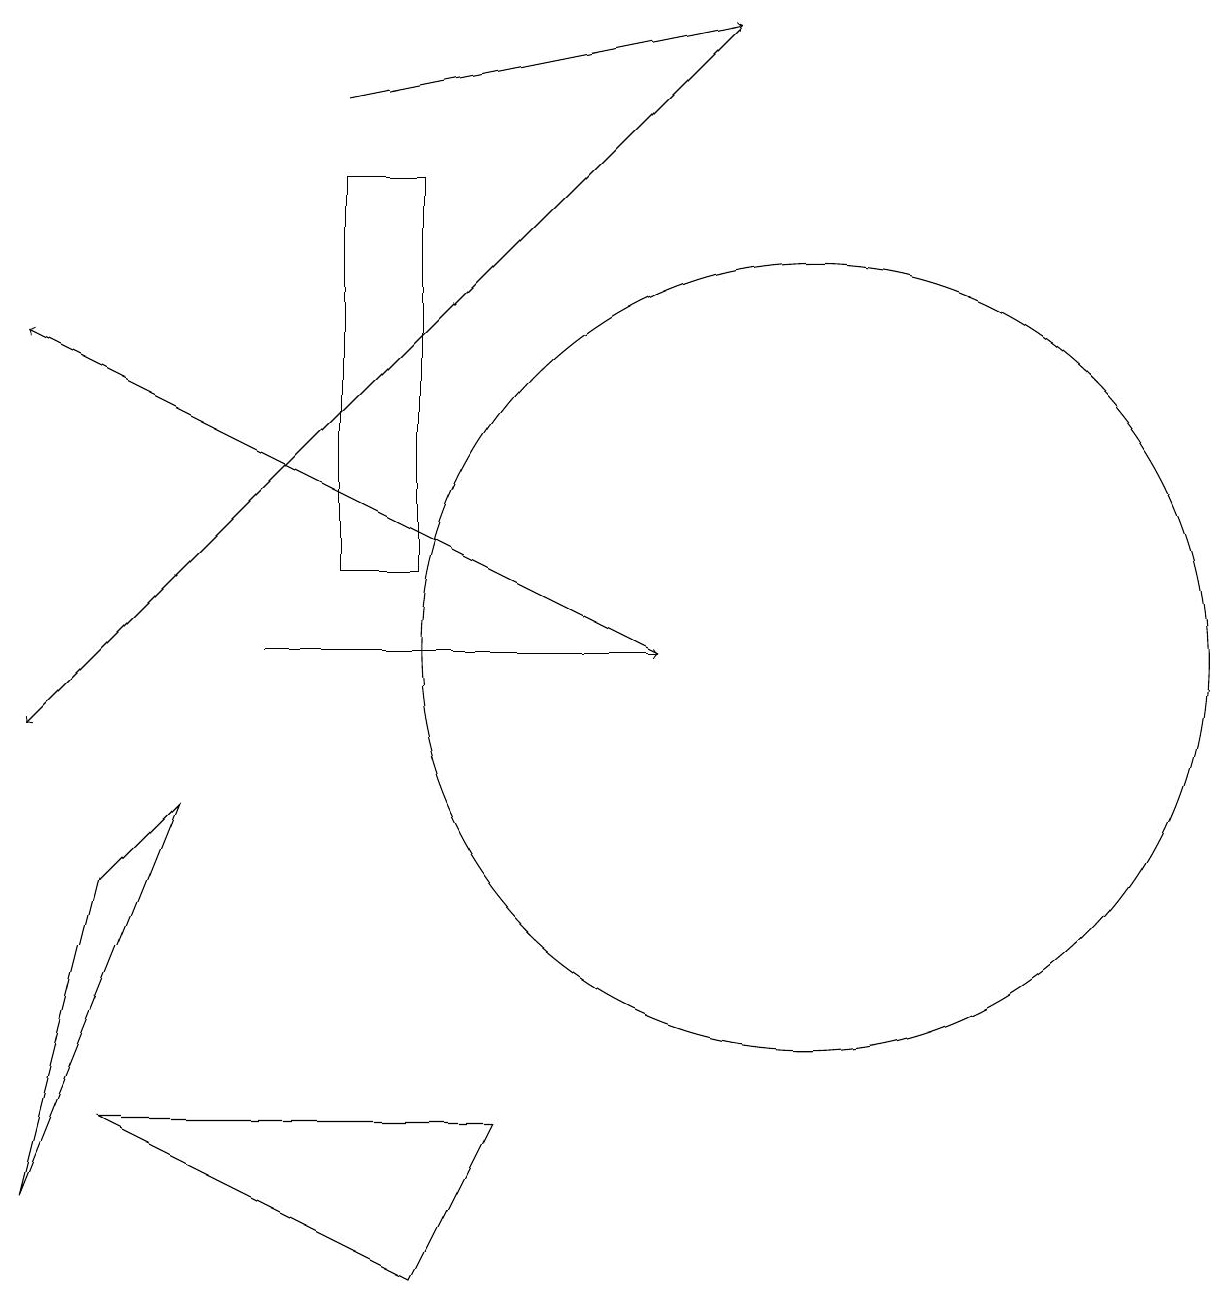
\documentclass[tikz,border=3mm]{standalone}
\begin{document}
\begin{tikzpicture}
\draw (1,5) -- (5,3) -- (6,5) -- cycle;
\draw[->] (3,11) -- (8,11);
\draw[->] (4,18) -- (9,19);
\draw (10,11) circle (5);
\draw[->] (8,11) -- (0,15);
\draw (5,12) rectangle (4,17);
\draw (2,9) -- (0,4) -- (1,8) -- cycle;
\draw[->] (9,19) -- (0,10);
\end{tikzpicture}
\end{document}